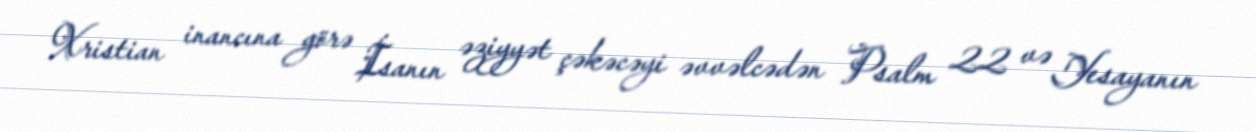
Xristian inancına görə İsanın əziyyət çəkəcəyi əvvəlcədən Psalm 22 və Yesayanın